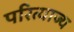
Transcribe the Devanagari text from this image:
परित्याज्य